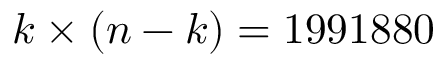
k \times ( n - k ) = 1 9 9 1 8 8 0